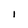
Character: I